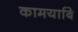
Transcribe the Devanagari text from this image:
कामयाबि